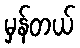
မှန်တယ်